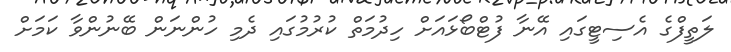
ލަތީފްގެ އެސިޓީގައި އޭނާ ފުޓްބޯޅައަށް ހިދުމަތް ކުރުމުގައި ދެމި ހުންނަން ބޭނުންވާ ކަމަށް